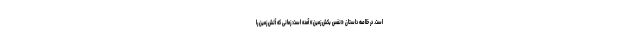
است. در خلاصه داستان «نفس بکش زمین» آمده است: زمانی که آتش زمین را